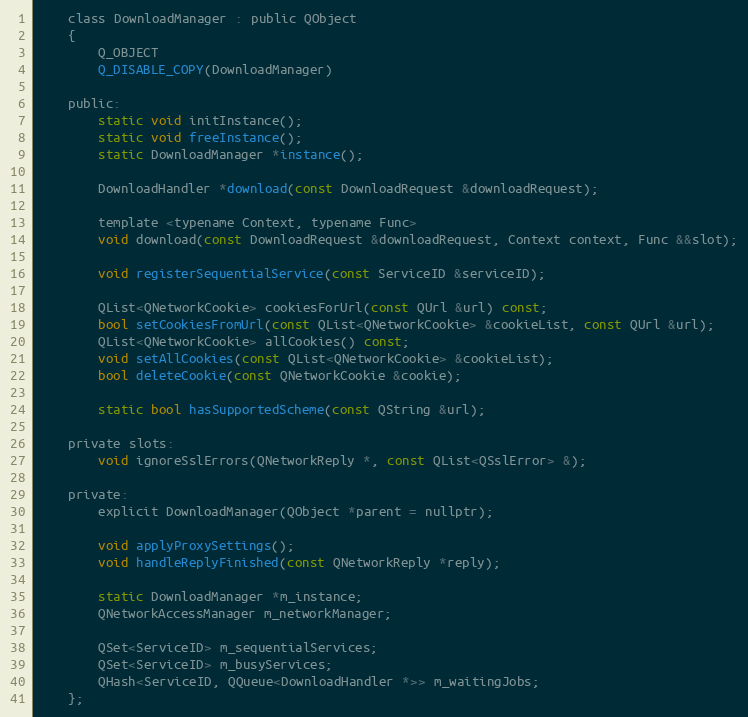
Language: C
    class DownloadManager : public QObject
    {
        Q_OBJECT
        Q_DISABLE_COPY(DownloadManager)

    public:
        static void initInstance();
        static void freeInstance();
        static DownloadManager *instance();

        DownloadHandler *download(const DownloadRequest &downloadRequest);

        template <typename Context, typename Func>
        void download(const DownloadRequest &downloadRequest, Context context, Func &&slot);

        void registerSequentialService(const ServiceID &serviceID);

        QList<QNetworkCookie> cookiesForUrl(const QUrl &url) const;
        bool setCookiesFromUrl(const QList<QNetworkCookie> &cookieList, const QUrl &url);
        QList<QNetworkCookie> allCookies() const;
        void setAllCookies(const QList<QNetworkCookie> &cookieList);
        bool deleteCookie(const QNetworkCookie &cookie);

        static bool hasSupportedScheme(const QString &url);

    private slots:
        void ignoreSslErrors(QNetworkReply *, const QList<QSslError> &);

    private:
        explicit DownloadManager(QObject *parent = nullptr);

        void applyProxySettings();
        void handleReplyFinished(const QNetworkReply *reply);

        static DownloadManager *m_instance;
        QNetworkAccessManager m_networkManager;

        QSet<ServiceID> m_sequentialServices;
        QSet<ServiceID> m_busyServices;
        QHash<ServiceID, QQueue<DownloadHandler *>> m_waitingJobs;
    };